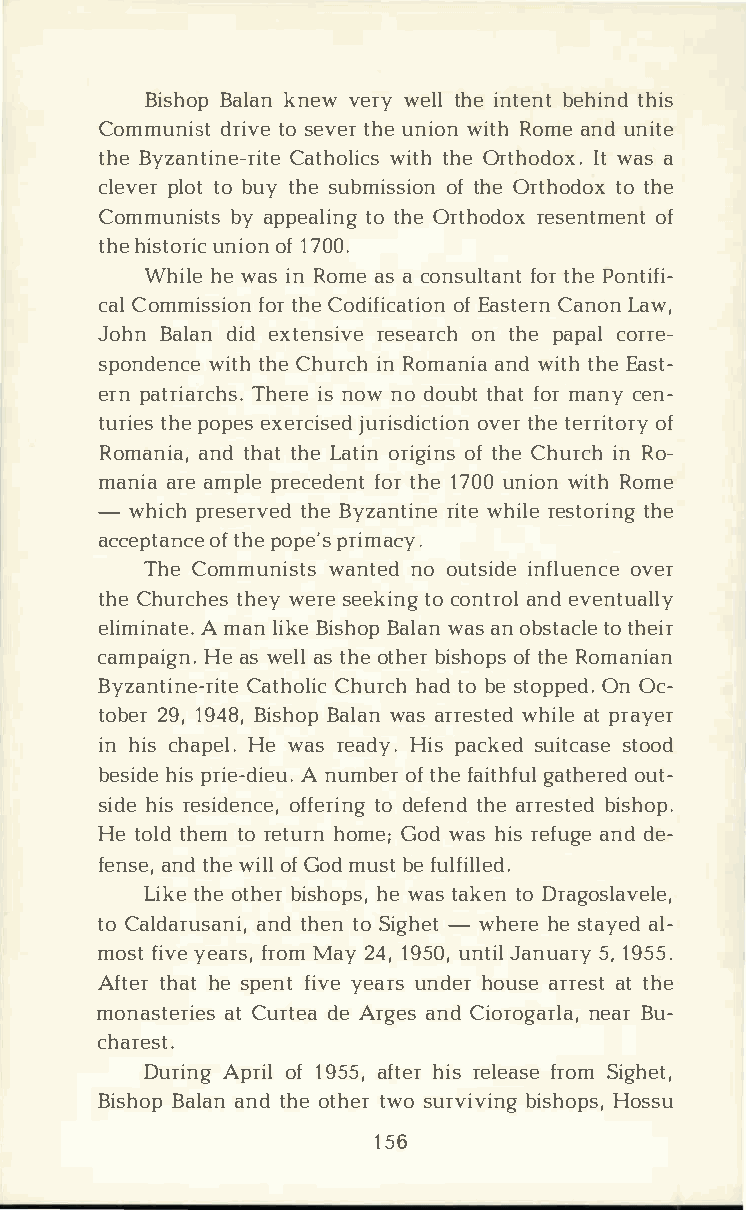
BishBoapl kanne vwe rwye ltlhi en tbeenhti tnhdi s
 Commundirsittvos e e vtehrue n iwoint Rho maen udn ite
 thBey zantiCnaet-hrowilititetch hs Oe r thoIdtwo axsa.
 clepvleortt ob uyt hseu bmisosfti hoOenr thotdoto hxe
 Communbiysa tpsp eatloti hnOegr thordeosxe ntomfe nt
 thhei stuonriioocf1n 7 00.
 Whihleew aisn R omaesa c onsuflottrah Pneot n tifi­
 caClo mmisstihoCeno dfiofri ocfEa atsitCoeanrn noL na w,
 JohBna  ldained x tenrseisveeao rntc hhpe a pcaolr re­
 spondweinttchheC e h uricnRh o mananiwdai tthhE ea st­
 erpna triTahrecirhsnes o .wn od outbhtaf tom ra ncye n­
 turtihepeso peexse rcjiusreids doivcettrhti eeo rnr oift ory
 Romanainatd,h atthL ea toirni goiftn hsCe h uricnRh o ­
 manairaae m pplree cefdoetrnh 1te7 0u0n iwoint Rho me
 - whipcrhe setrhvBeey dz anrtiiwtnheei rlees totrhien g
 accepotfta hnpeco ep per'ism acy.
 TheC ommunwiasnttsne odo utsiindfel uoevnecre
 thCeh urcthheewsye rsee ektiocn ogn troelv eanntdu ally
 elimiAnm  aatnle i.Bk ies hBoaplw aanas n o bsttaotc hleei r
 campaHieg  nwa.es la lst hoet hbeirs hooftp hsRe o manian
 ByzantiCnaet-hrCoihltuierch c ahtd o b es topOpneO dc.­
 tob2e9r1, 9 4B8i,s hBoaplw aanas r rewshtiealdtpe r ayer
 inh icsh apHeelw .a sr eadHyi.ps a ckseudi tsctaosoed
 beshiidpser ie-Adn iuemubo.eft r h fea itghaftuhloe urte­d
 sidheir se sidoefnfceetr,odi enfge tnhader rebsitsehdo p.
 Het otlhde tmor etuhronm Geo;d w ahsi rse fuagndede ­
 fenasnetd,h wei olfGl o mdu sbtef ulfilled.
 Likteho et hbeirs hhoepw sa,ts a kteoDn r agoslavele,
 toC aldaraunstdah netino,S igh-ewth ehrees tayaeld­
 mosfti yveea frrso,Mm a y2 41,9 5u0n,tJ ialn u5a,1r 9y5 5.
 Afttehrah tes pefnityv ee aurnsd heoru asrer aetst th e
 monastaetCr uiretdsee Aa r gaensCd i orognaeraBlrua ­,
 charest.
 DuriAnpgr oifl1 95a5f,t heirrs e lefarsoSemi ghet,
 BishBoapla anntd h oet htewrso u rvibviisnhgHo opsss,u
 156